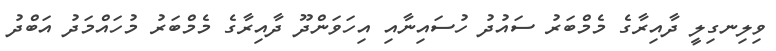
ވިލިނގިލީ ދާއިރާގެ މެމްބަރު ސައުދު ހުސައިނާއި އިހަވަންދޫ ދާއިރާގެ މެމްބަރު މުހައްމަދު އަބްދު